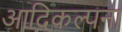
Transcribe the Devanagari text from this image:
आदिकल्पना